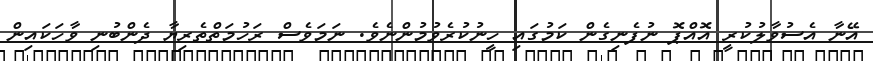
އޭނާ އެސުވާލުކުރީ އޮއްޕޮ ނުފެނިގެން ކަމުގައި ހީނުކުރެވުމުންނެވެ. ނަމަވެސް ރަހުމަތްތެރިޔާ ދެންބުނި ވާހަކައިން